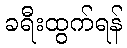
ခရီးထွက်ရန်